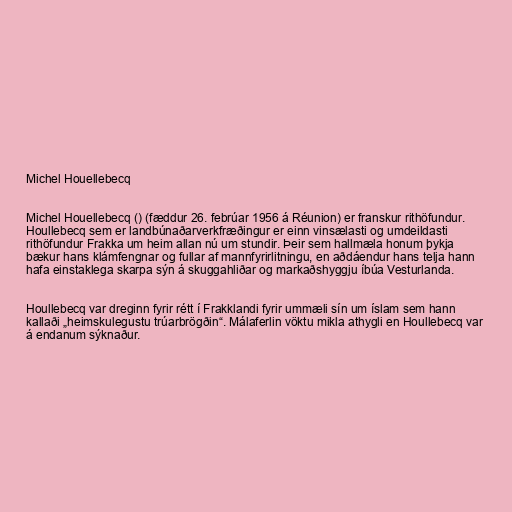
Michel Houellebecq

Michel Houellebecq () (fæddur 26. febrúar 1956 á Réunion) er franskur rithöfundur.
Houllebecq sem er landbúnaðarverkfræðingur er einn vinsælasti og umdeildasti
rithöfundur Frakka um heim allan nú um stundir. Þeir sem hallmæla honum þykja
bækur hans klámfengnar og fullar af mannfyrirlitningu, en aðdáendur hans telja hann
hafa einstaklega skarpa sýn á skuggahliðar og markaðshyggju íbúa Vesturlanda.

Houllebecq var dreginn fyrir rétt í Frakklandi fyrir ummæli sín um íslam sem hann
kallaði „heimskulegustu trúarbrögðin“. Málaferlin vöktu mikla athygli en Houllebecq var
á endanum sýknaður.